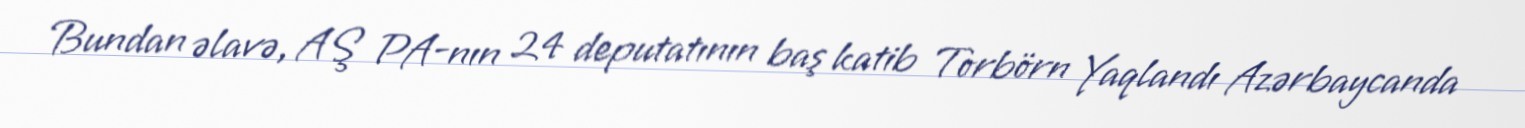
Bundan əlavə, AŞ PA-nın 24 deputatının baş katib Torbörn Yaqlandı Azərbaycanda